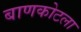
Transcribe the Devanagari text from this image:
बाणकोटला